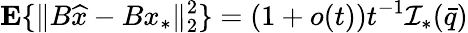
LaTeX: {\mathbf{E}}\{ \| B\widehat{x}-Bx_{*}\| _{2}^{2}\} =(1+o(t))t^{-1}{\cal I}_{*}(\bar{q})